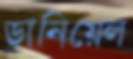
ডানিয়েল